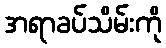
အရာခပ်သိမ်းကို